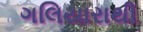
ગલિયારાથી